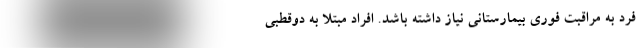
فرد به مراقبت فوری بیمارستانی نیاز داشته باشد. افراد مبتلا به دوقطبی